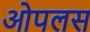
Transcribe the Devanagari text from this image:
ओपलस